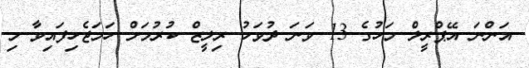
އަންނަ އޭޕްރީލް މަހުގެ 13 ވަނަ ދުވަހު ރިލީޒް ކުރުމަށް ހަމަޖެހިފައިވާ މި